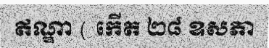
ឥណ្ឌា ( កើត ២៨ ឧសភា